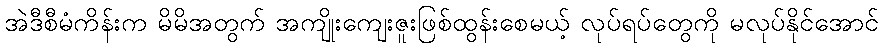
အဲဒီစီမံကိန်းက မိမိအတွက် အကျိုးကျေးဇူးဖြစ်ထွန်းစေမယ့် လုပ်ရပ်တွေကို မလုပ်နိုင်အောင်